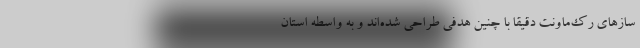
سازهای رک‌ماونت دقیقا با چنین هدفی طراحی شده‌اند و به واسطه استان